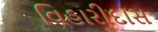
વિહારીદાસ